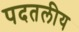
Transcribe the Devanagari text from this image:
पदतलीय